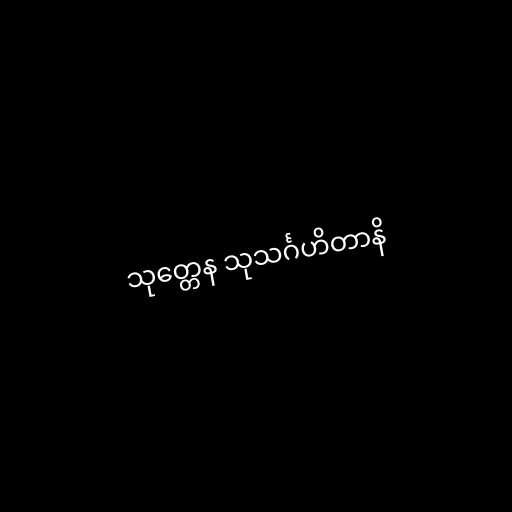
သုတ္တေန သုသင်္ဂဟိတာနိ